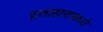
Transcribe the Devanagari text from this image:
व्रताहारामध्ये